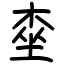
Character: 桽